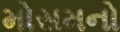
મોસમનો